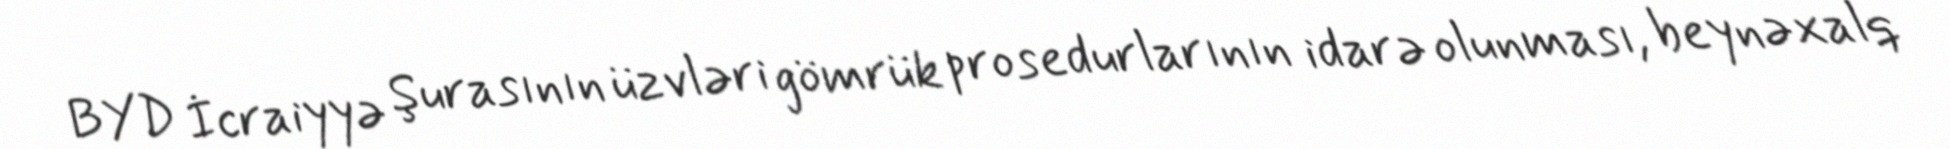
BYD İcraiyyə Şurasının üzvləri gömrük prosedurlarının idarə olunması, beynəxalq